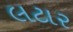
લટાર